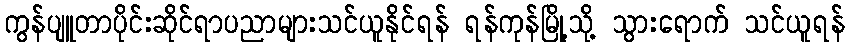
ကွန်ပျူတာပိုင်းဆိုင်ရာပညာများသင်ယူနိုင်ရန် ရန်ကုန်မြို့သို့ သွားရောက် သင်ယူရန်